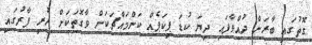
ގޮތުގައި ބާރަށް ދުއްވާފައި ދިޔަ ކުޑަ ޕިކަޕެއް ކަންމައްޗަކަށް ވާގޮތަކަށް ހުރި ފާރުގައި